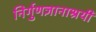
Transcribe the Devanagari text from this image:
निर्गुणज्ञानाश्रयी